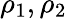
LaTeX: \rho_{1},\rho_{2}